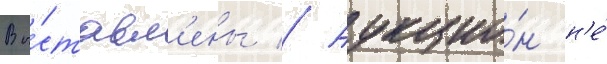
Вы́ставл'ены // Аукцио́н н'е́